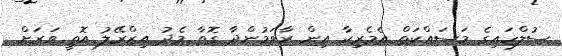
ސުލްހައިގެ މަސައްކަތް އެމެރިކާ އިން ރާވަމުންދާ ގޮތާ މެދު އިޒްރޭލު އޮތީ ވަރަށް